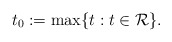
\begin{align*}t_0:= \max \{t: t\in \mathcal{R}\}.\end{align*}